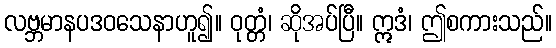
လဗ္ဘမာနပဒဝသေနာဟူ၍။ ဝုတ္တံ၊ ဆိုအပ်ပြီ။ ဣဒံ၊ ဤစကားသည်။